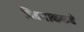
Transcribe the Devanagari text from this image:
विठनाककडे